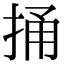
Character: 捅